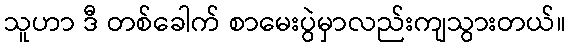
သူဟာ ဒီ တစ်ခေါက် စာမေးပွဲမှာလည်းကျသွားတယ်။